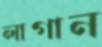
লাগান